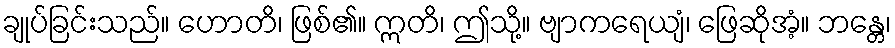
ချုပ်ခြင်းသည်။ ဟောတိ၊ ဖြစ်၏။ ဣတိ၊ ဤသို့။ ဗျာကရေယျံ၊ ဖြေဆိုအံ့။ ဘန္တေ၊